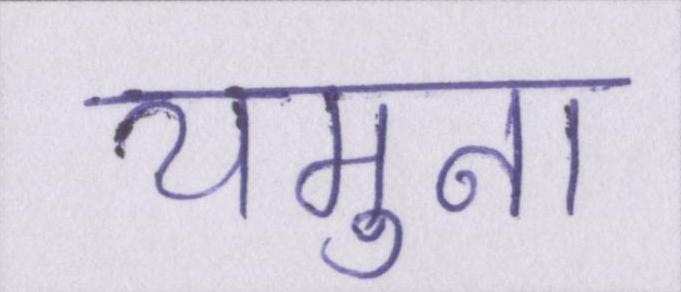
यमुना